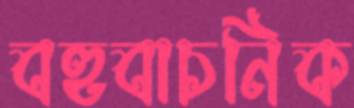
বহুবাচনিক